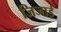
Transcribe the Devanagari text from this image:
जिजाई